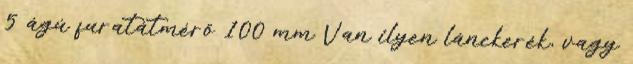
5 ágú furatátmérő 100 mm Van ilyen lánckerék, vagy